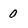
Character: 0